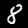
Label: 8